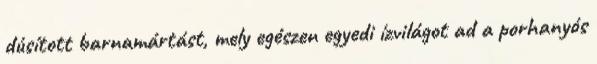
dúsított barnamártást, mely egészen egyedi ízvilágot ad a porhanyós